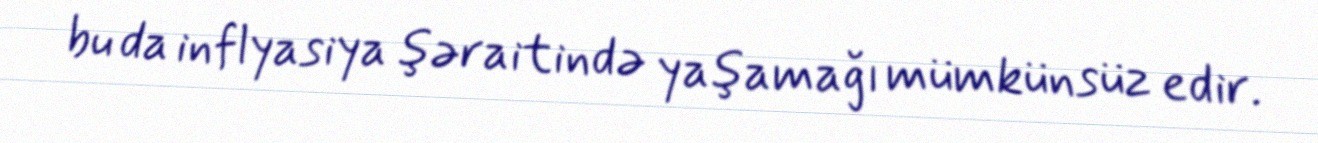
bu da inflyasiya şəraitində yaşamağı mümkünsüz edir.